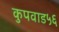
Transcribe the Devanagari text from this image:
कुपवाड५६